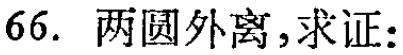
66. 两圆外离, 求证: